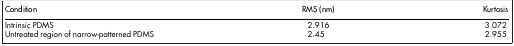
| Condition | RMS (nm) | Kurtosis |
 | --- | --- | --- |
 | Intrinsic PDMS | 2.916 | 3.072 |
 | Untreated region of narrow-patterned PDMS | 2.45 | 2.955 |